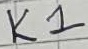
Text: K1